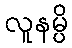
လူနမ္ပိ